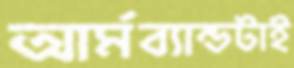
আর্মব্যান্ডটাই